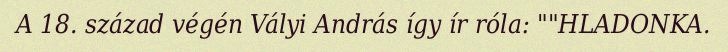
A 18. század végén Vályi András így ír róla: ""HLADONKA.